Martna_vallavalitsus, lk 10
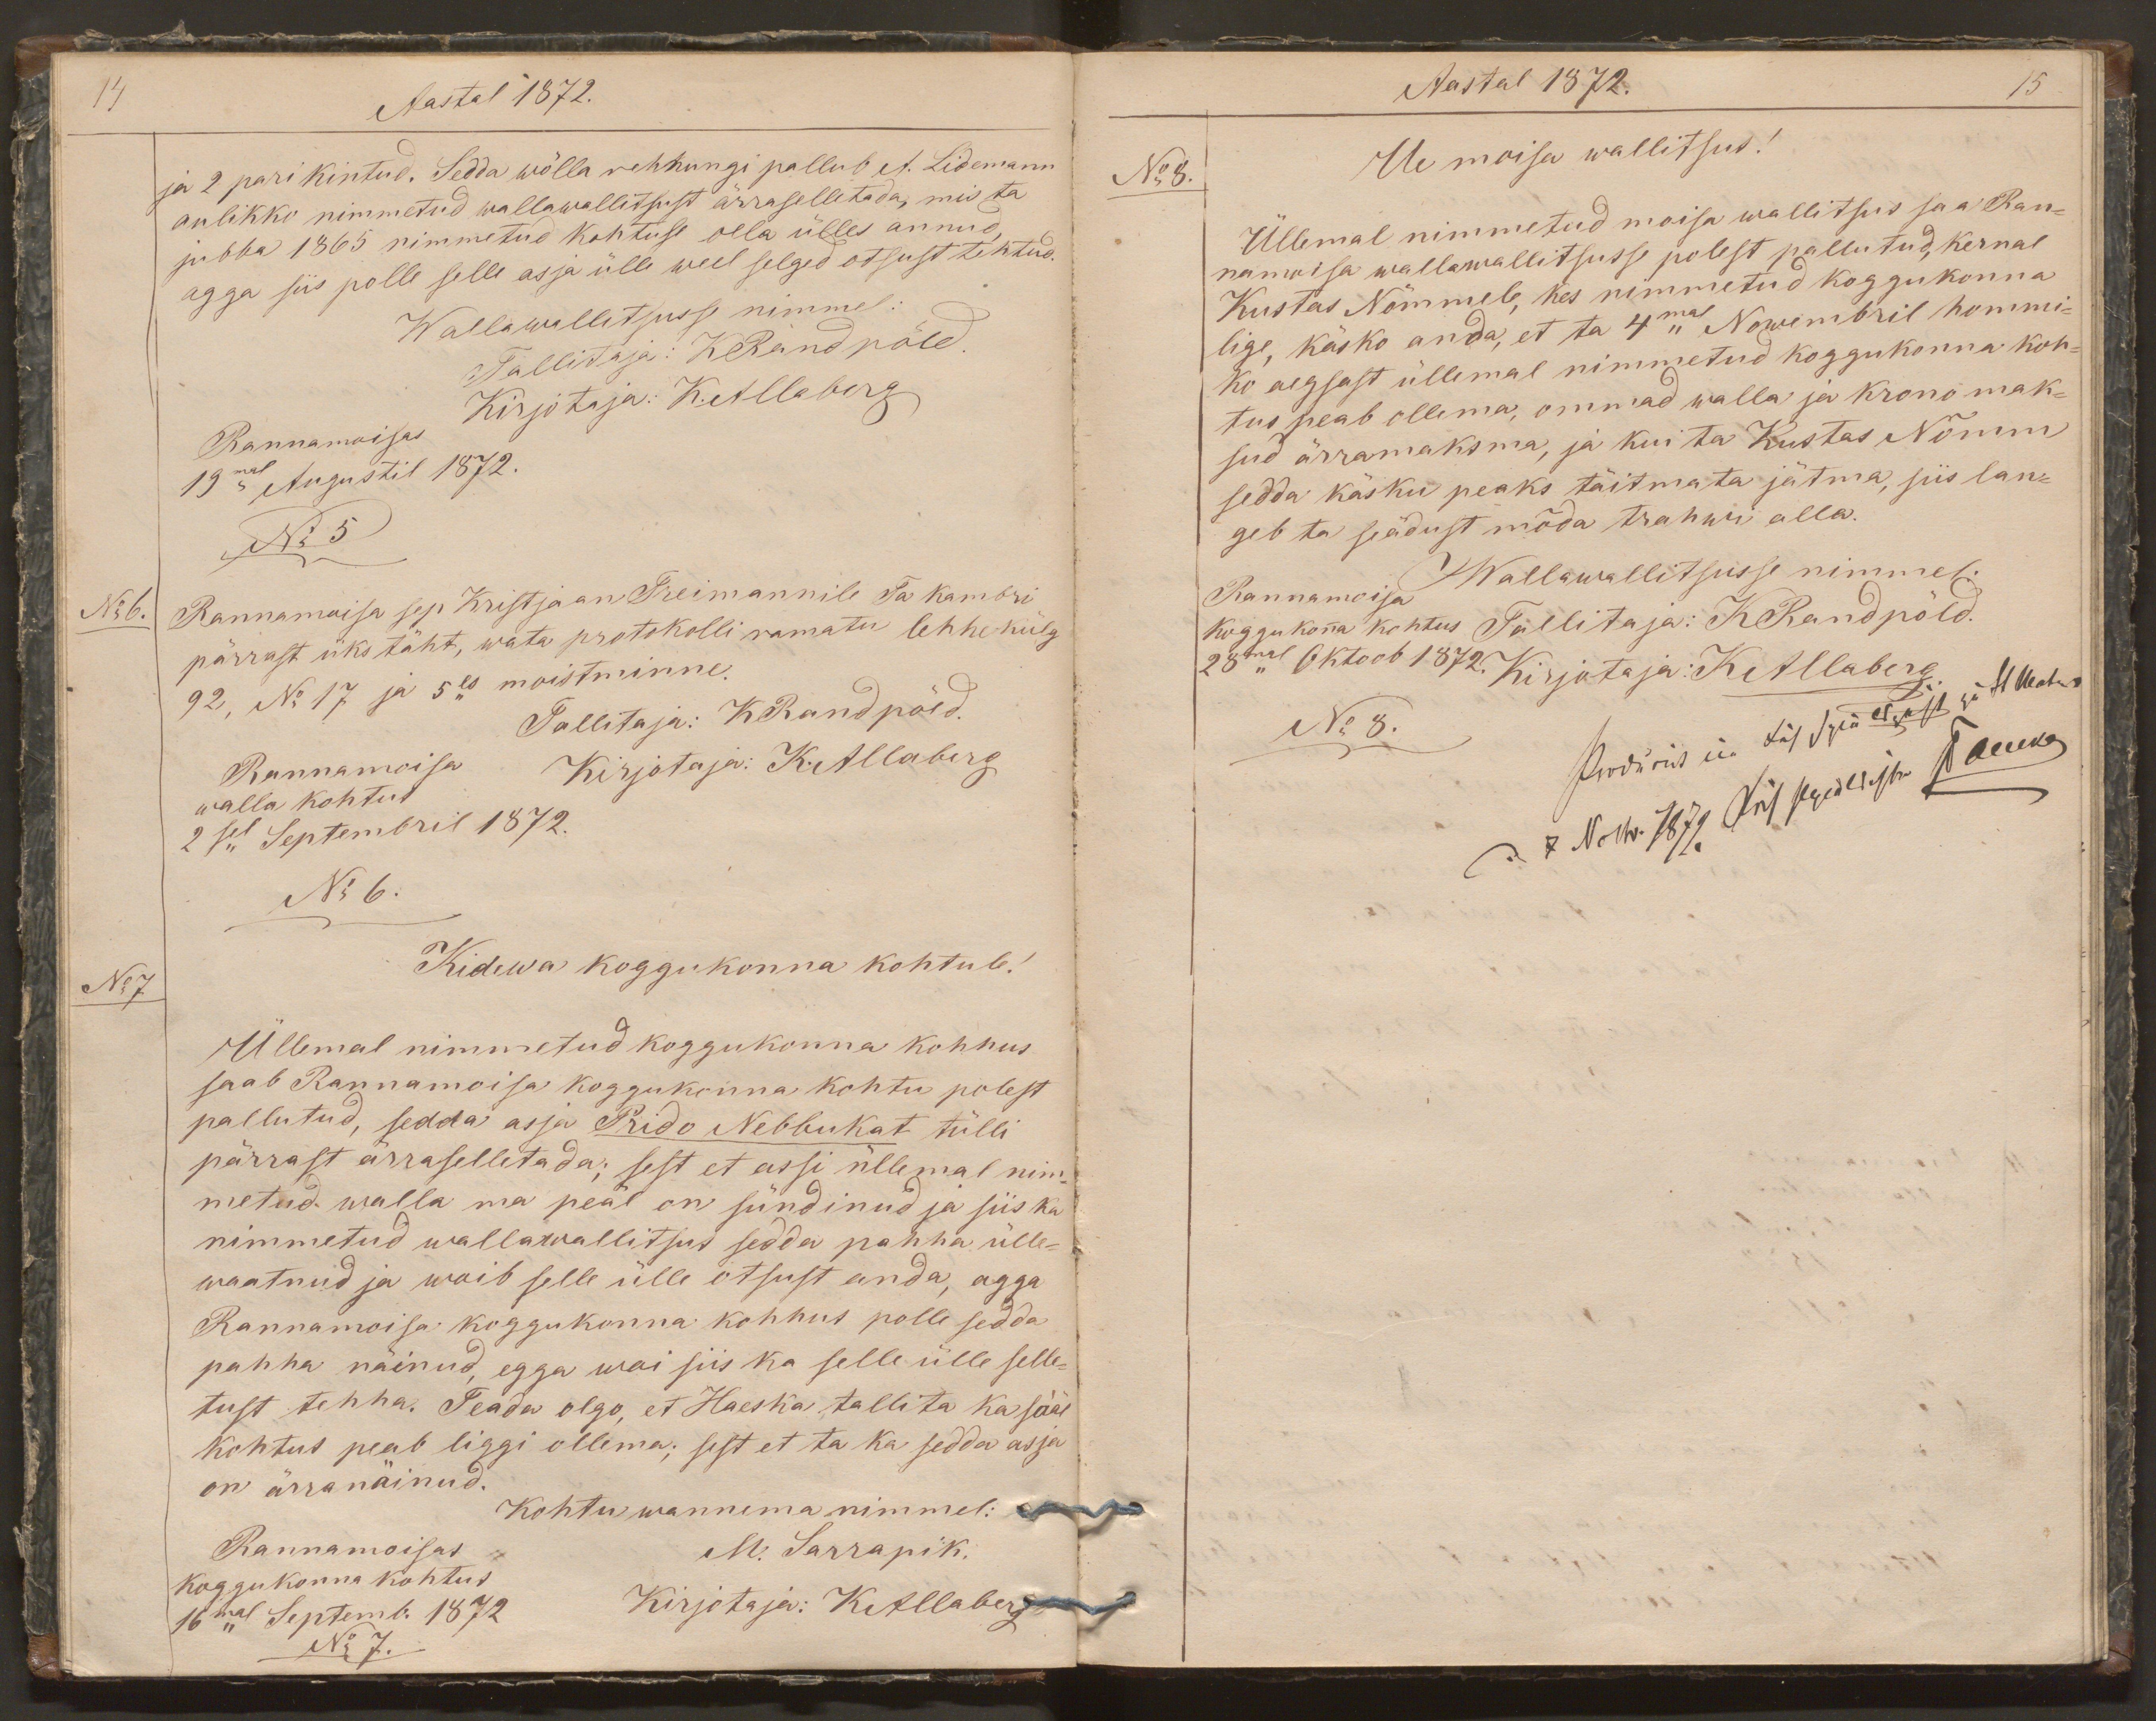
14
Aastal 1872.
ja 2 pari kintud. Sedda wõlla rehnungi pallub A. Lidemann
aulikko nimmetud wallawallitsust ärraselletada, mis ta
jubba 1865 nimmetud kohtuse olla ülles annud,
agga siis polle selle asja ülle weel selged otsust tehtud.
Wallawallitsusse nimmel
Tallitaja: KRandpõld.
Rannamoisas
Kirjotaja: K. Allaberg
19mal Augustil 1872.
No 5
No 6.
Rannamoisa sep Kristjaan Treimannile Ta kambri
pärrast üks täht, wata protokolli ramatu lehhekülg
92, No 17 ja 5es moistminne.
Tallitaja: KRandpõld.
Rannamoisa
Kirjotaja: K. Allaberg
walla kohtus
2sel Septembril 1872.
No 6.
No7
Kidewa koggukonna kohtule!
Üllemal nimmetud koggukonna kohhus
saab Rannamoisa koggukonna kohtu polest
pallutud, sedda asja Prido Nebbukat tülli
pärrast ärraselletada; sest et assi üllemal nim-
metud walla ma peäl on sündinud ja siis ka
nimmetud wallawallitsus sedda pahha ülle-
waatnud ja woib selle ülle otsust anda, agga
Rannamoisa koggukonna kohhus polle sedda
pahha näinud, egga woi siis ka selle ülle selle-
tust tehha. Teada olgo, et Haeska tallita ka sääl
kohtus peab liggi ollema; sest et ta ka sedda asja
on ärra näinud.
Kohtu wannema nimmel:
Rannamoisas
M. Sarrapik.
koggukonna kohtus
16mal Septemb. 1872
Kirjotaja: K Allaberg
No 7.

Aastal 1872.
15
No 8.
Ue moisa wallitsus!
Üllemal nimmetud moisa wallitsus saa Ran-
namoisa wallawallitsusse polest pallutud, Kernal
Kustas Nõmmele, kes nimmetud koggukonna
lige, käsko anda, et ta 4mal Nowembril hommi-
ko aegsast üllemal nimmetud koggukonna koh-
tus peab ollema, ommad walla ja krono mak-
sud ärramaksma, ja kui ta Kustas Nõmm
sedda käsku peaks täitmata jätma, siis lan-
geb ta seädust mõda trahwi alla.
Wallawallitsusse nimmel:
Wallawalitsusse nimmet:
Rannamoisa
Tallitaja: KRandpõld.
koggukonna kohtus
28mal Oktoob 1872.
Kirjotaja: KAllaberg
No 8.